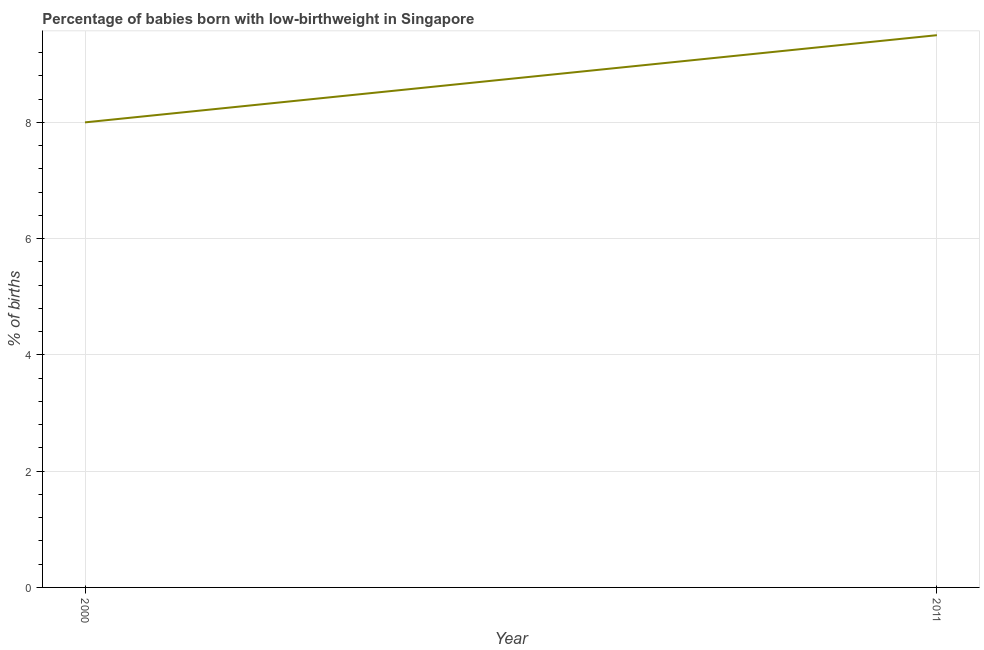
| Year | Low-birthweight babies |
 | --- | --- |
 | 2000 | 8 |
 | 2011 | 9.5 |